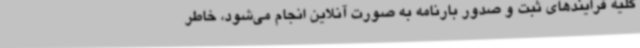
کلیه فرایندهای ثبت و صدور بارنامه به صورت آنلاین انجام می‌شود، خاطر